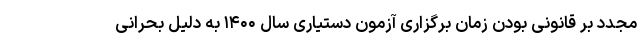
مجدد بر قانونی بودن زمان برگزاری آزمون دستیاری سال ۱۴۰۰ به دلیل بحرانی